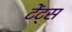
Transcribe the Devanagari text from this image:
टेंट्स